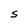
Character: S